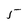
Character: 5